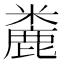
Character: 麊